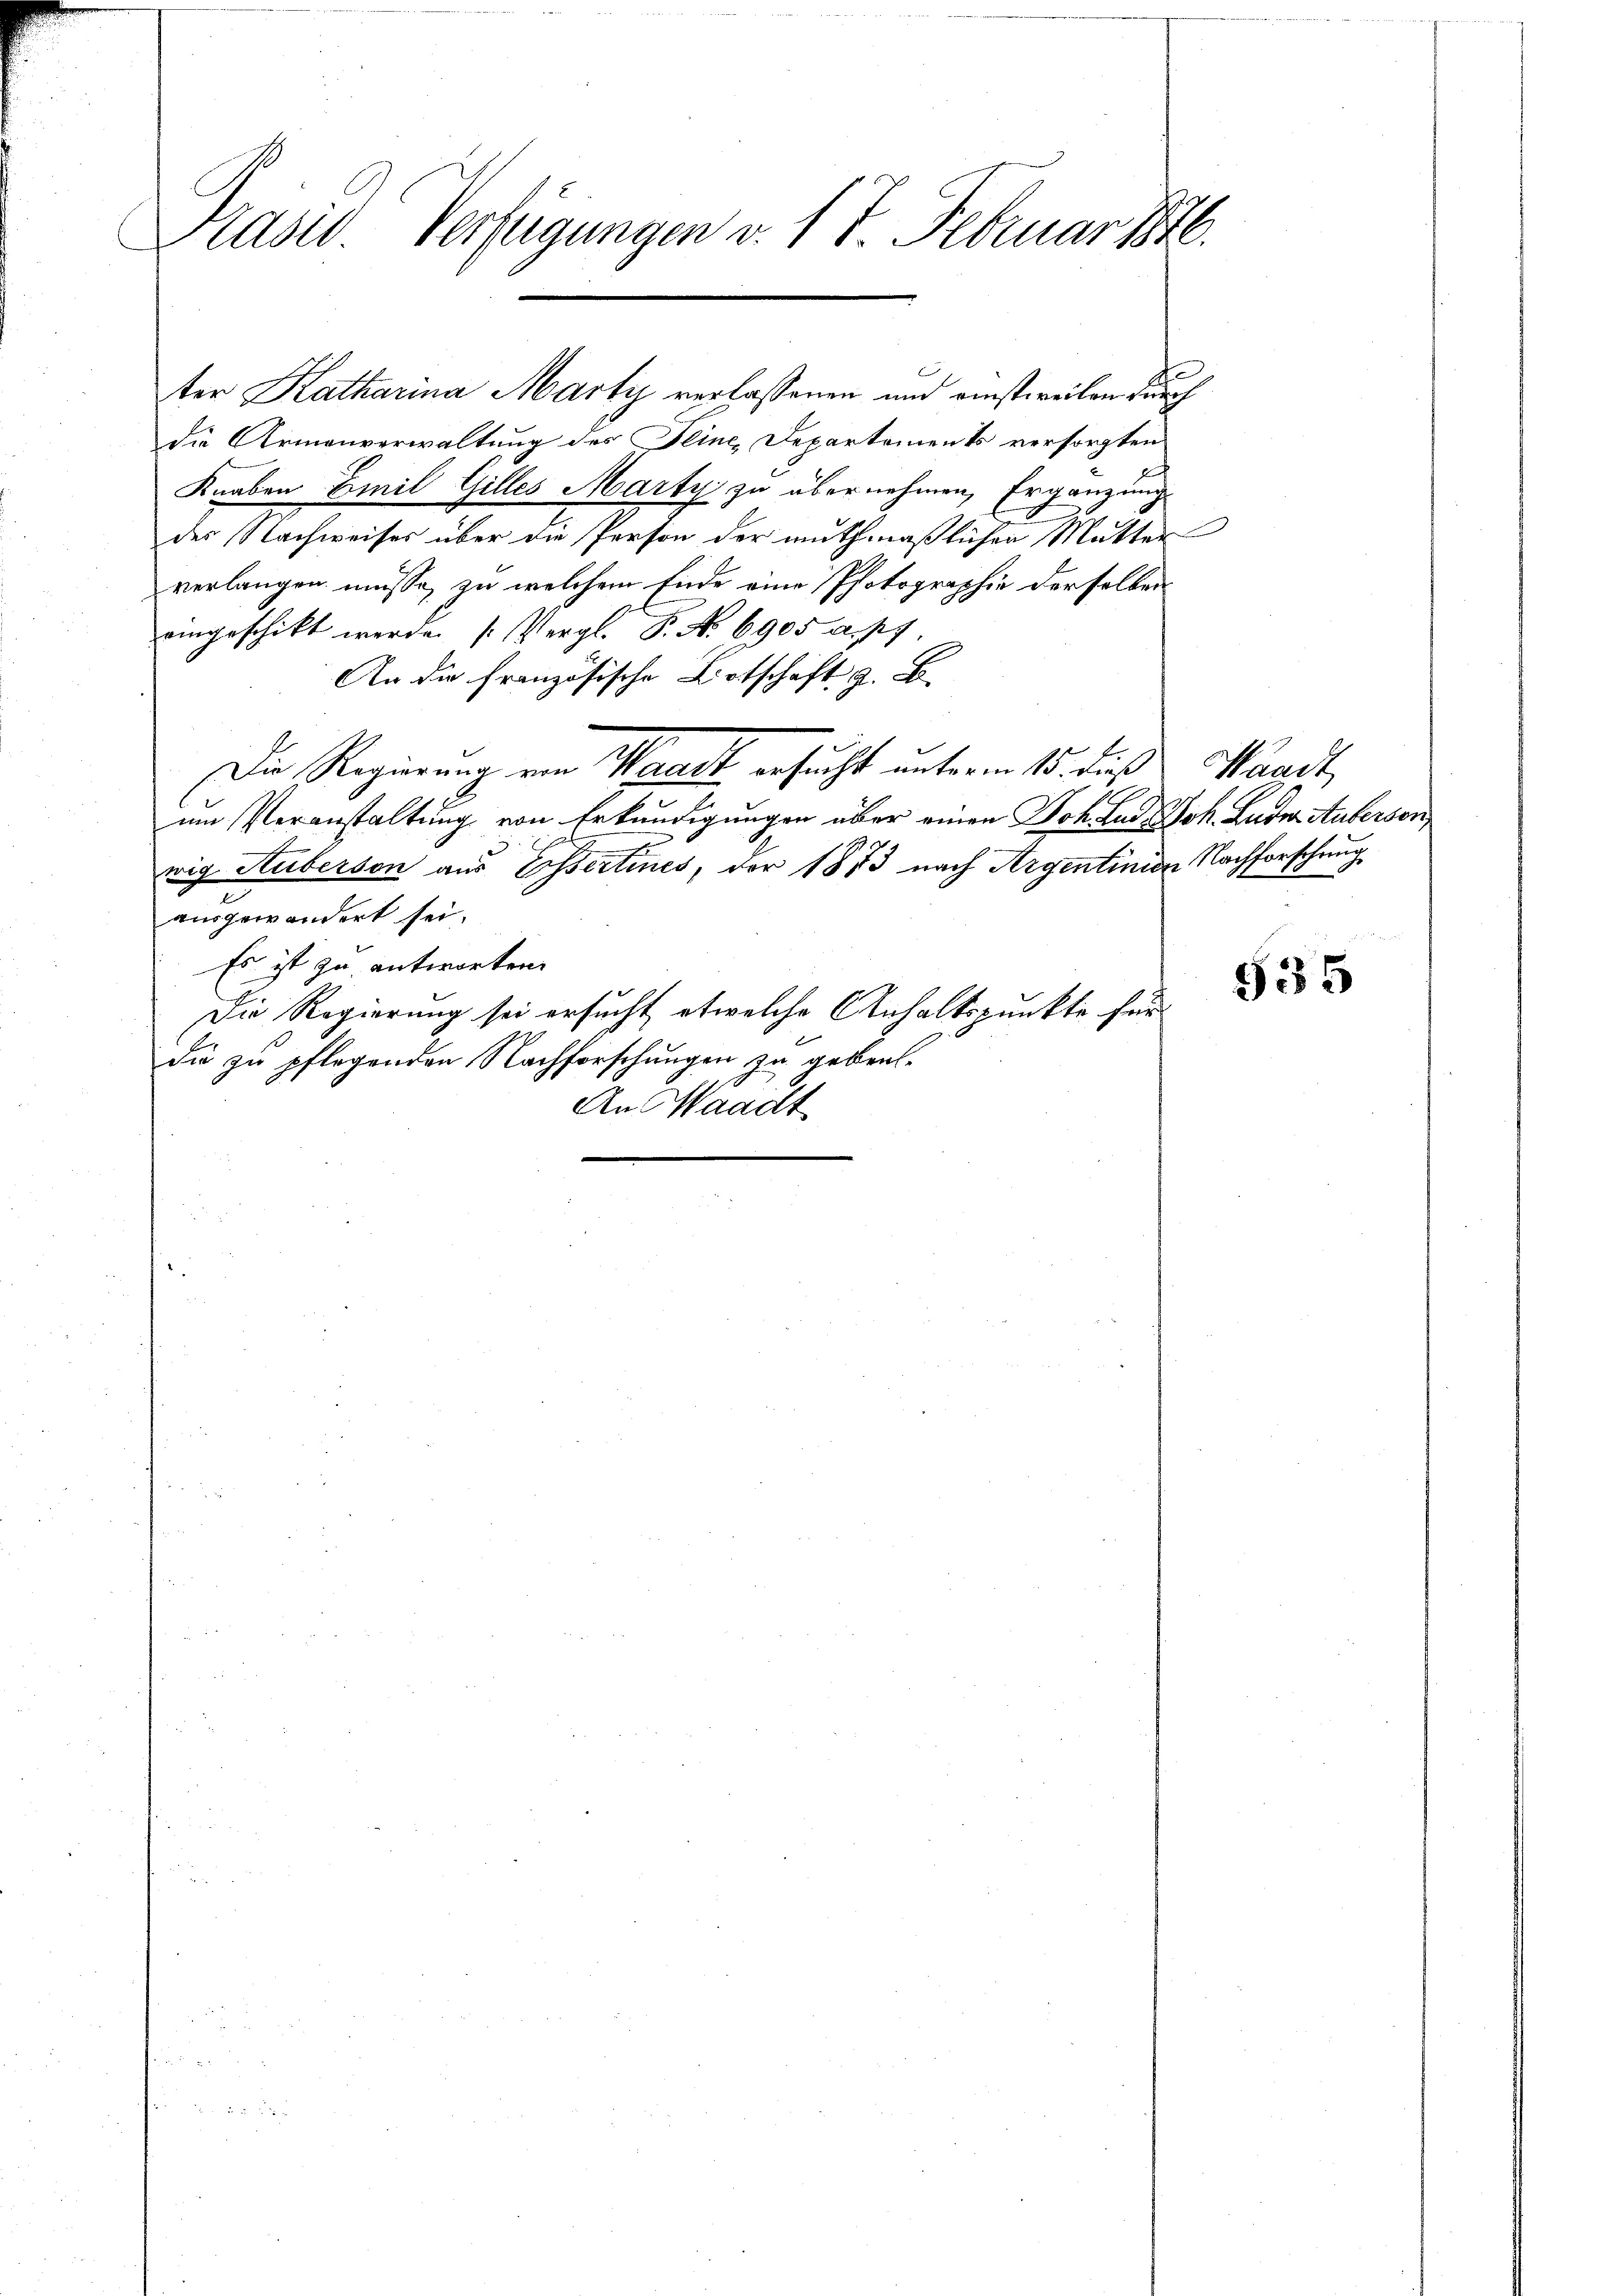
Präsid Verfügungen v. 17. Februar 1846.

die Armenverwaltung des Feine Departements versorgten
Knaben Emil Gilles Marty zu übernehmen, Ergänzung
des Nachweises über die Person der muthmaßlichen Mutter
verlangen müsse, zu welchem Ende eine Photographie derselben
eingeschickt werde. (Vergl. P. No. 6905 a. p.
An die Französische Litschaft z. B.
Die Regierung von Waadt ersucht unterm 15. dies Waadt
um Veranstaltung von Erkundigungen aber einen Joh. Lud Joh. Luder Aufersenwig Huberson aus Essertines, der 1873 nach Argentinien Nachforschung
ausgewandert sei.
Es ist zu antworten.
Die Regierung sei ersucht etwelche Anhaltspunkte für
die zu pflegenden Nachforschungen zu geben¬
An Waadt

ter Katharina Marty verlassenen und einstweilen durch

555